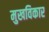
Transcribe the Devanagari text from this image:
मुखविकार